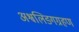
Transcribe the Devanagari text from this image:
अश्वलिङ्गग्रहण